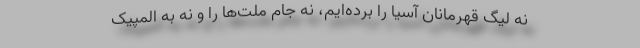
نه لیگ قهرمانان آسیا را برده‌ایم، نه جام ملت‌ها را و نه به المپیک